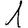
Digit: 1